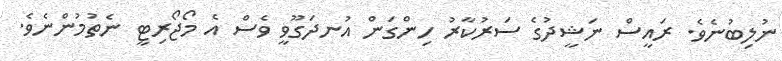
ނުލިބުނެވެ. ރައީސް ނަޝީދުގެ ސަރުކާރު ހިންގަން އުނދަގޫވީ ވެސް އެ މޯޖޯރިޓީ ނެތުމުންނެވެ.